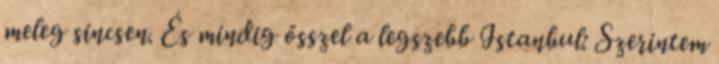
meleg sincsen. És mindig ősszel a legszebb Istanbul: Szerintem